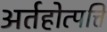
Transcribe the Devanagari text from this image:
अर्तहोत्पत्ति